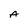
Character: A